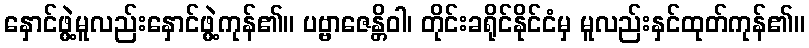
နှောင်ဖွဲ့မူလည်းနှောင်ဖွဲ့ကုန်၏။ ပဗ္ဗာဇေန္တိဝါ၊ တိုင်းခရိုင်နိုင်ငံမှ မူလည်းနှင်ထုတ်ကုန်၏။